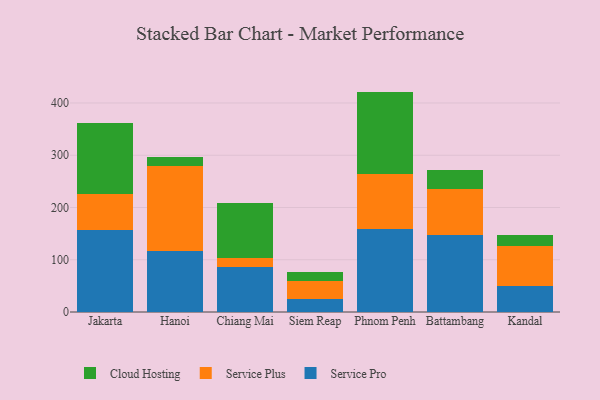
{"axis": {"x": "City", "y": "Net Income (USD K)"}, "legend": ["Cloud Hosting", "Service Plus", "Service Pro"], "data": [{"x": "Jakarta", "y": 157.1, "type": "Service Pro"}, {"x": "Jakarta", "y": 69.6, "type": "Service Plus"}, {"x": "Jakarta", "y": 135.8, "type": "Cloud Hosting"}, {"x": "Hanoi", "y": 116.4, "type": "Service Pro"}, {"x": "Hanoi", "y": 163.6, "type": "Service Plus"}, {"x": "Hanoi", "y": 16.5, "type": "Cloud Hosting"}, {"x": "Chiang Mai", "y": 85.7, "type": "Service Pro"}, {"x": "Chiang Mai", "y": 18.1, "type": "Service Plus"}, {"x": "Chiang Mai", "y": 105.3, "type": "Cloud Hosting"}, {"x": "Siem Reap", "y": 25.4, "type": "Service Pro"}, {"x": "Siem Reap", "y": 34.2, "type": "Service Plus"}, {"x": "Siem Reap", "y": 17.5, "type": "Cloud Hosting"}, {"x": "Phnom Penh", "y": 158.7, "type": "Service Pro"}, {"x": "Phnom Penh", "y": 106.3, "type": "Service Plus"}, {"x": "Phnom Penh", "y": 156.8, "type": "Cloud Hosting"}, {"x": "Battambang", "y": 146.9, "type": "Service Pro"}, {"x": "Battambang", "y": 88.6, "type": "Service Plus"}, {"x": "Battambang", "y": 36.8, "type": "Cloud Hosting"}, {"x": "Kandal", "y": 49.0, "type": "Service Pro"}, {"x": "Kandal", "y": 77.1, "type": "Service Plus"}, {"x": "Kandal", "y": 20.9, "type": "Cloud Hosting"}]}